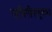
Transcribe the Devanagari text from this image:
जमिनीपासूनच्या